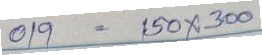
019 = 150x300